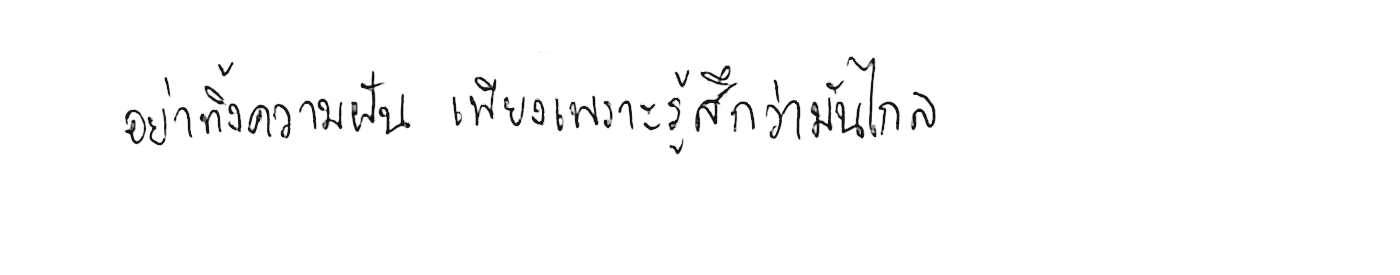
อย่าทิ้งความฝัน เพียงเพราะรู้สึกว่ามันไกล